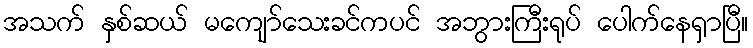
အသက် နှစ်ဆယ် မကျော်သေးခင်ကပင် အဘွားကြီးရုပ် ပေါက်နေရှာပြီ။